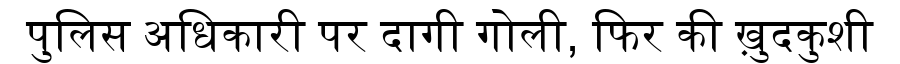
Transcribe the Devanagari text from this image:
पुलिस अधिकारी पर दागी गोली, फिर की ख़ुदकुशी